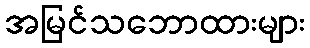
အမြင်သဘောထားများ